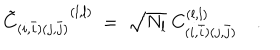
LaTeX: { { \tilde { C } } _ { ( i , \bar { i } ) ( j , \bar { j } ) } } ^ { ( l , l ) } \ = \ { \sqrt { N _ { l } } \ C _ { ( i , \bar { i } ) ( j , \bar { j } ) } ^ { ( l , l ) } } \quad .